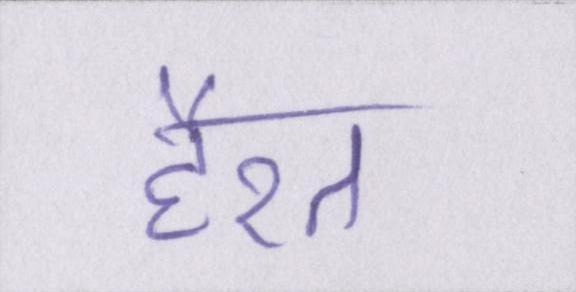
हैरत